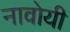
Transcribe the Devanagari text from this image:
नावोयी